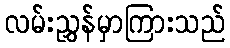
လမ်းညွှန်မှာကြားသည်